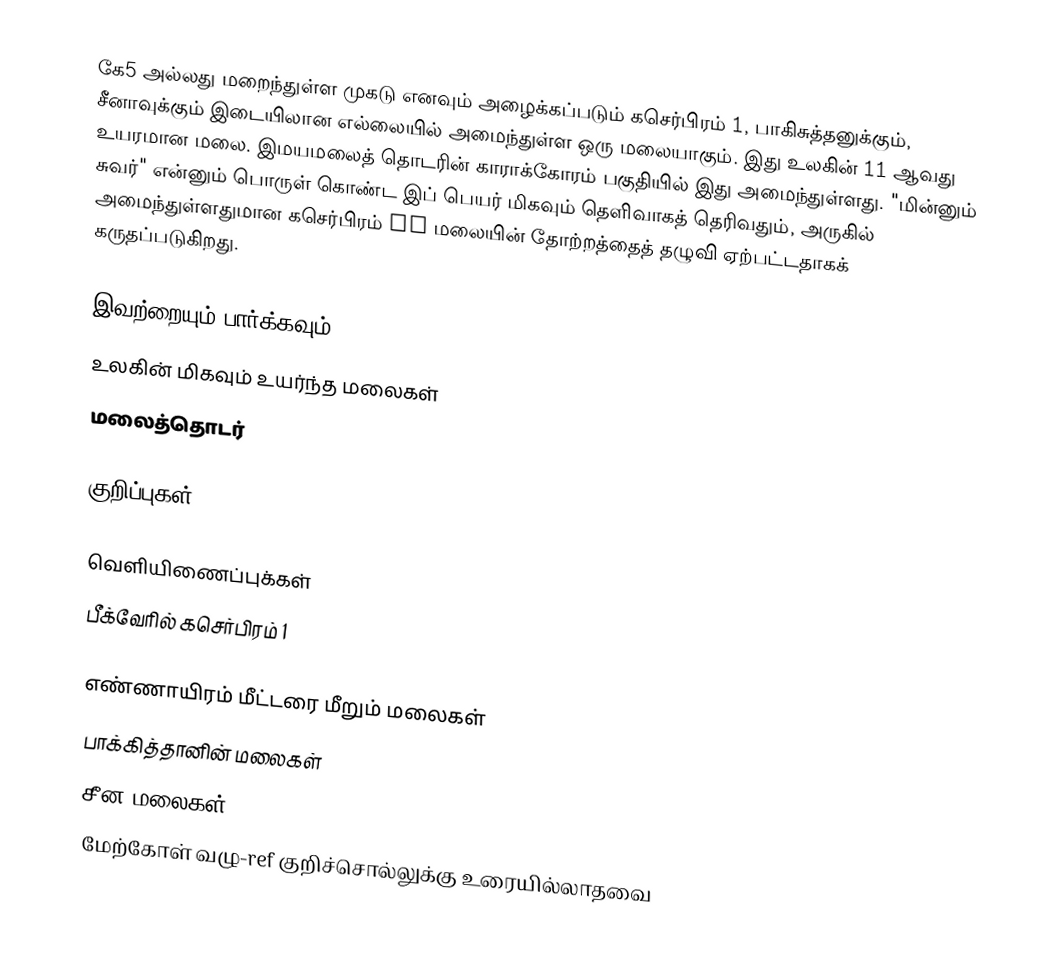
கே5 அல்லது மறைந்துள்ள முகடு எனவும் அழைக்கப்படும் கசெர்பிரம் 1, பாகிசுத்தனுக்கும், சீனாவுக்கும் இடையிலான எல்லையில் அமைந்துள்ள ஒரு மலையாகும். இது உலகின் 11 ஆவது உயரமான மலை. இமயமலைத் தொடரின் காராக்கோரம் பகுதியில் இது அமைந்துள்ளது. "மின்னும் சுவர்" என்னும் பொருள் கொண்ட இப் பெயர் மிகவும் தெளிவாகத் தெரிவதும், அருகில் அமைந்துள்ளதுமான கசெர்பிரம் IV மலையின் தோற்றத்தைத் தழுவி ஏற்பட்டதாகக் கருதப்படுகிறது.

இவற்றையும் பார்க்கவும்
 உலகின் மிகவும் உயர்ந்த மலைகள்
 மலைத்தொடர்

குறிப்புகள்

வெளியிணைப்புக்கள்
 பீக்வேரில் கசெர்பிரம் 1

எண்ணாயிரம் மீட்டரை மீறும் மலைகள்
பாக்கித்தானின் மலைகள்
சீன மலைகள்
மேற்கோள் வழு-ref குறிச்சொல்லுக்கு உரையில்லாதவை